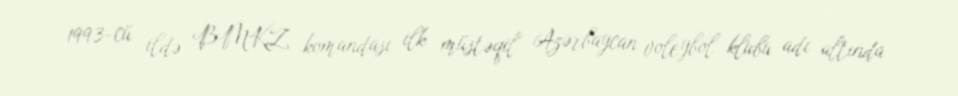
1993-cü ildə BMKZ komandası ilk müstəqil Azərbaycan voleybol klubu adı altında